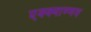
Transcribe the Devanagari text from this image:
एक्क्याण्णव